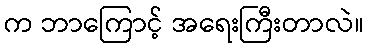
က ဘာကြောင့် အရေးကြီးတာလဲ။